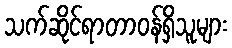
သက်ဆိုင်ရာတာဝန်ရှိသူများ